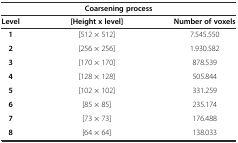
<table><thead><tr><td colspan="3"><b>Coarsening process</b></td></tr><tr><td><b>Level</b></td><td><b>[Height x level]</b></td><td><b>Number of voxels</b></td></tr></thead><tbody><tr><td><b>1</b></td><td>[512 × 512]</td><td>7.545.550</td></tr><tr><td><b>2</b></td><td>[256 × 256]</td><td>1.930.582</td></tr><tr><td><b>3</b></td><td>[170 × 170]</td><td>878.539</td></tr><tr><td><b>4</b></td><td>[128 × 128]</td><td>505.844</td></tr><tr><td><b>5</b></td><td>[102 × 102]</td><td>331.259</td></tr><tr><td><b>6</b></td><td>[85 × 85]</td><td>235.174</td></tr><tr><td><b>7</b></td><td>[73 × 73]</td><td>176.488</td></tr><tr><td><b>8</b></td><td>[64 × 64]</td><td>138.033</td></tr></tbody></table>